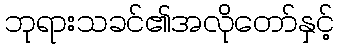
ဘုရားသခင်၏အလိုတော်နှင့်